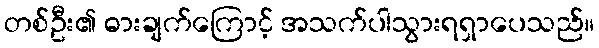
တစ်ဦး၏ ဓားချက်ကြောင့် အသက်ပါသွားရရှာပေသည်။